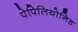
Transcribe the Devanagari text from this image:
पेपिलियोनिड